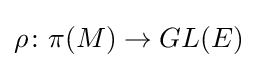
\rho \colon \pi (M)\rightarrow GL(E)